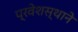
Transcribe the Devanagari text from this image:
प्रवेशस्थाने